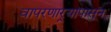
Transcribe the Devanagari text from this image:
वापरणार्‍यापासून